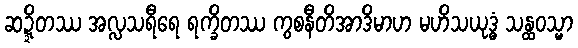
ဆဍ္ဍိတဿ အလ္လသရီရေ ရက္ခိတဿ ကွစနီတိအာဒိမာဟ မဟိသယုဒ္ဓံ သန္ထဝသ္မာ